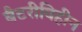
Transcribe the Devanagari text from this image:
बैटरीविहीन